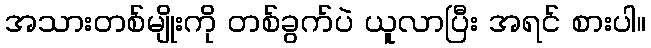
အသားတစ်မျိုးကို တစ်ခွက်ပဲ ယူလာပြီး အရင် စားပါ။